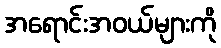
အရောင်းအဝယ်များကို